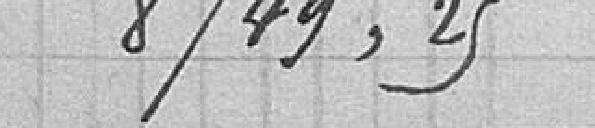
8749,25